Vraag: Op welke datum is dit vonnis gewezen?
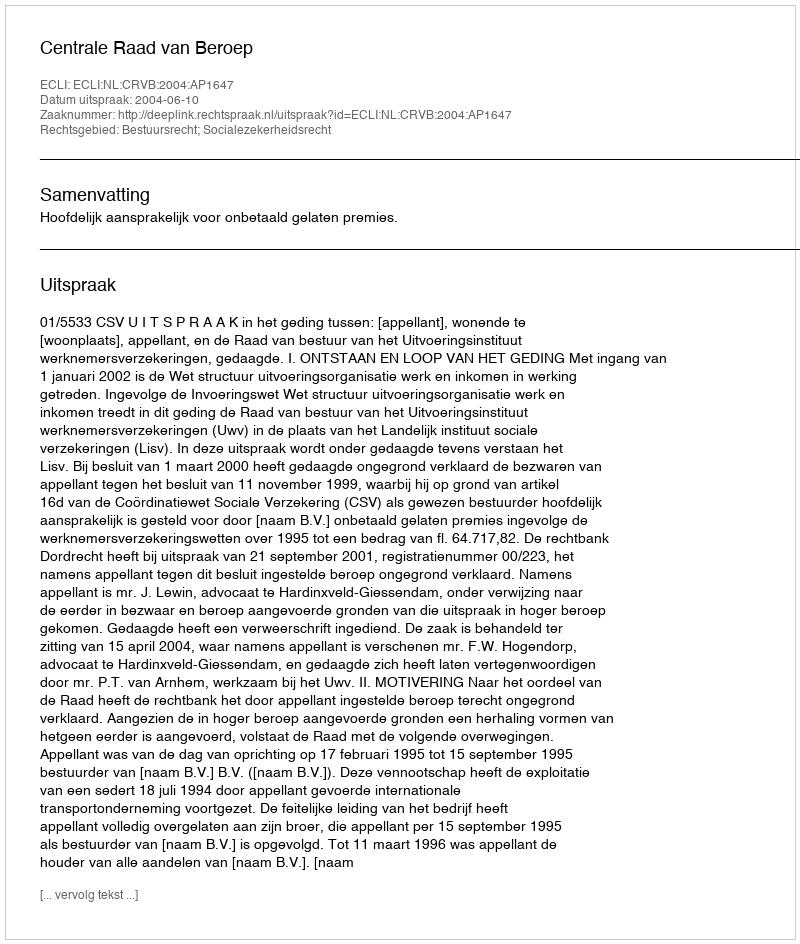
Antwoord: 2004-06-10